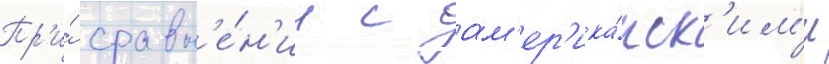
Пр'и́ сравн'е́н'ии с ам'ер'ика́нск'им'и